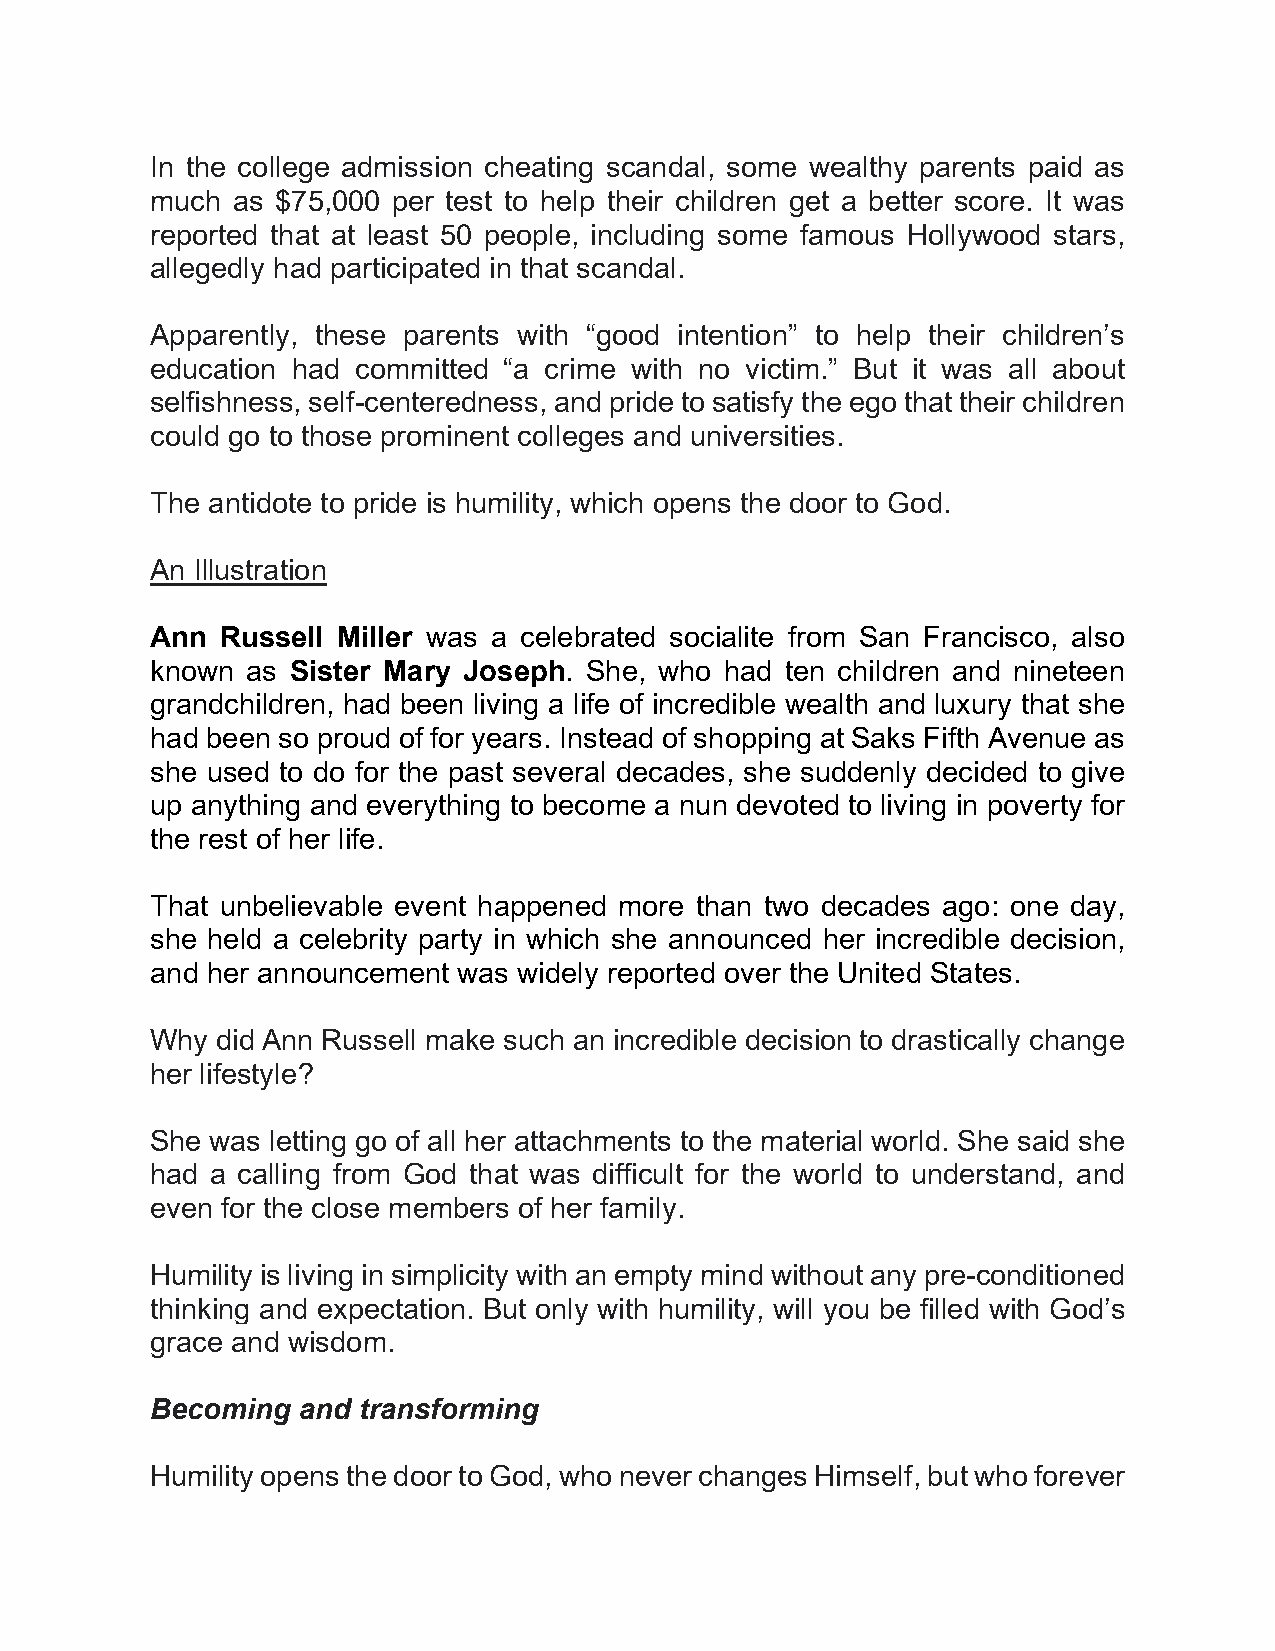
In the college admission cheating scandal, some wealthy parents paid as
 much as $75,000 per test to help their children get a better score. It was
 reported that at least 50 people, including some famous Hollywood stars,
 allegedly had participated in that scandal.
 Apparently, these parents with “good intention” to help their children’s
 education had committed “a crime with no victim.” But it was all about
 selfishness, self-centeredness, and pride to satisfy the ego that their children
 could go to those prominent colleges and universities.
 The antidote to pride is humility, which opens the door to God.
 An Illustration
 Ann  Russell Miller was a celebrated socialite from San Francisco, also
 known as Sister Mary Joseph. She, who had ten children and nineteen
 grandchildren, had been living a life of incredible wealth and luxury that she
 had been so proud of for years. Instead of shopping at Saks Fifth Avenue as
 she used to do for the past several decades, she suddenly decided to give
 up anything and everything to become a nun devoted to living in poverty for
 the rest of her life.
 That unbelievable event happened more than two decades ago: one day,
 she held a celebrity party in which she announced her incredible decision,
 and her announcement was widely reported over the United States.
 Why did Ann Russell make such an incredible decision to drastically change
 her lifestyle?
 She was letting go of all her attachments to the material world. She said she
 had a calling from God that was difficult for the world to understand, and
 even for the close members of her family.
 Humility is living in simplicity with an empty mind without any pre-conditioned
 thinking and expectation. But only with humility, will you be filled with God’s
 grace and wisdom.
 Becoming  and transforming
 Humility opens the door to God, who never changes Himself, but who forever